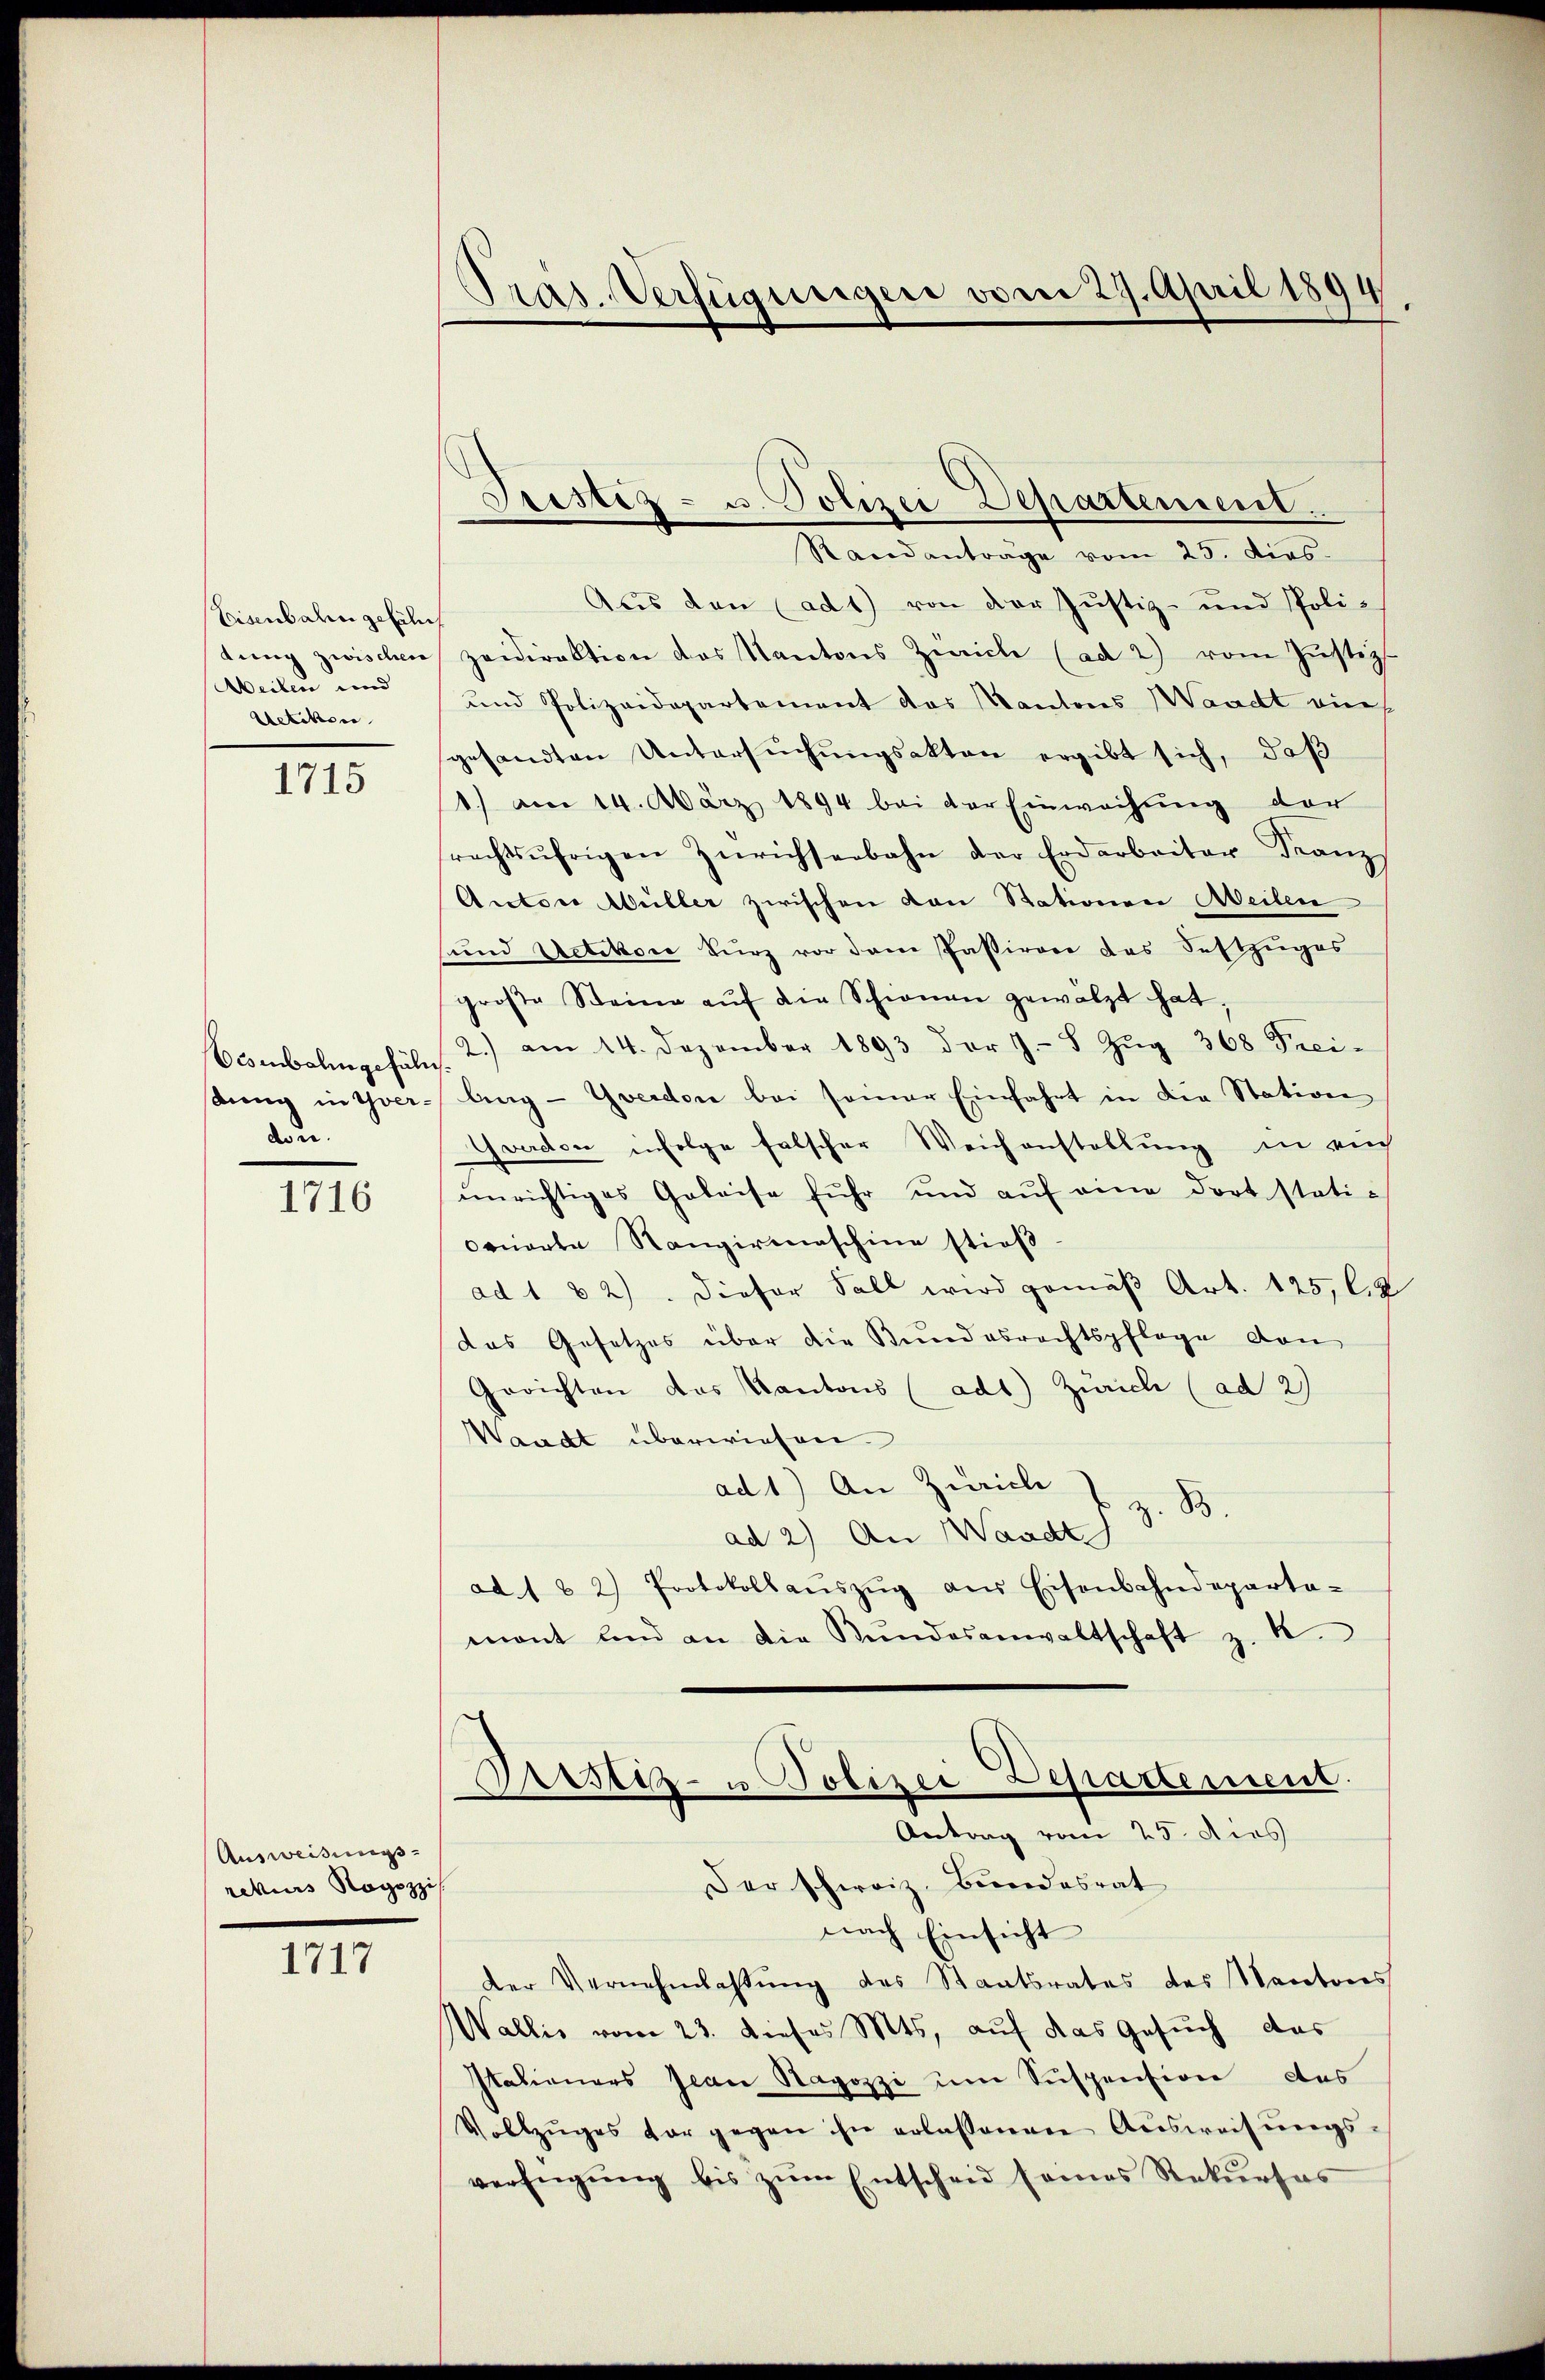
Eisenbahn gefäh
tung zwischen
Weilen und
Uetikon

1715

Brombolingefäll
stung in Yverden.

1716

Ausweisungs-
rekurs Rogozzi

1717

Präs. Verfügungen vom 29. April 1894

Jrestiz- u. Polizei Departement.

Randanträge vom 25. dies
Aus den ad 1) von der Justiz- und Polizeidirektion das Kantons Zürich (ad 2) vom Justiz-
und Polizeidepartement das Kantons Waadt eine
gesandten Untersŭchŭngsakten ergibt sich, daβ
1.) am 14. März 1894 bei der Einwachung der
rechtsŭhrigen Zürichseebahn der Erdarbeiter Franz
Autore Müller zwischen von Stationen Meilen
sund Uetikon kurz vor dem Passirere das Seftzuges
große Steine aŭf die Schweren gewälzt hat.
2.) am 14. Dezember 1893 der J. Zŭg 368 Frei-
ling - Yverdore bei seiner Einfahrt in die Station
Graden infolge falscher Weichenstellung in einh
unrichtiges Geleise fuhr und aŭf eine dort stati-
Ornorte Rangirmaschine stieß
ad 1 82). Dieser Fall wird gemäβ Art. 125, l. 2
das Gesetzes über die Bundesrechtspflege von
Gerichten das Kantons (adt) Zürich (ad 2)
Waadt überwiesen.
ad1) An Zürich z. B.
ad 2) An Waadt
ad. 1 & 2) Protokollaŭszŭg aŭs Eisenbahndeparta-
mant und an die Kundesanwaltschaft z. B.
Prustiz- u Polizei Departement.
Antrag vom 25. dies
Der schweiz. Bundesrat
nach Einsicht
der Vernehmlassŭng des Staatsrates des Kantons
Nallis vom 23. dieses Mts, auf das Gesuch das
Italieners Jean Ragozzi um Suspension des
Vollzŭges vor gegen ihn erlassenen Aŭsweisŭngs-
verfügŭng bis zŭm Entscheid seines Rekŭrsas